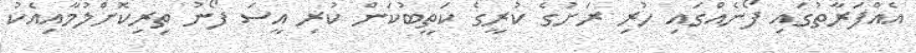
އެއްފަރާތުގައި ފޯނެއްގައި ހުރި ރަށުގެ ކުރީގެ ކަތީބުކަން ކުރި އީސަ ފޯނު ތިރިކޮށްލުމާއިއެކު